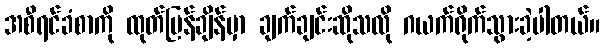
အစီရင်ခံစာကို ထုတ်ပြန်ချိန်မှာ ချက်ချင်းဆိုသလို ဂယက်ရိုက်သွားခဲ့ပါတယ်။